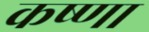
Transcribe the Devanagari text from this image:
कष्णा